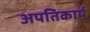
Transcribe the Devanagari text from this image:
अपतिकार्य